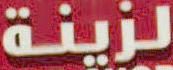
لزينة